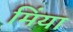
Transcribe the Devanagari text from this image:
मिंया